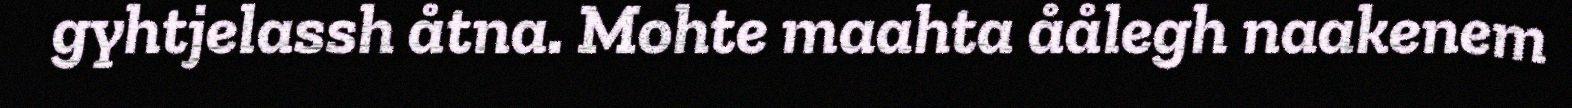
gyhtjelassh åtna. Mohte maahta åålegh naakenem